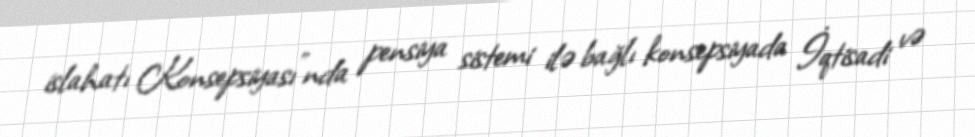
islahatı Konsepsiyası”nda pensiya sistemi ilə bağlı konsepsiyada İqtisadi və